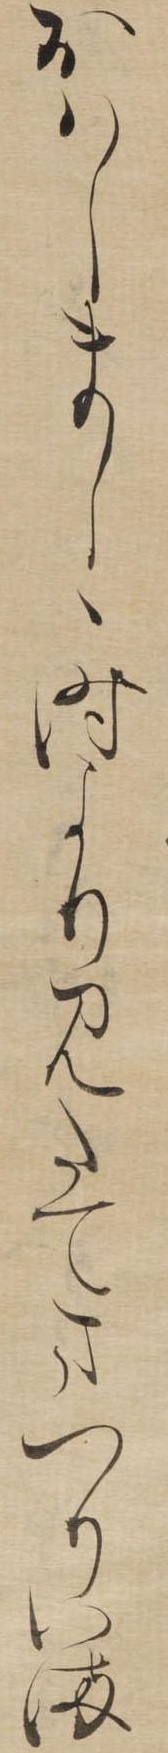
おはしましゝ時よりみたてまつりいま